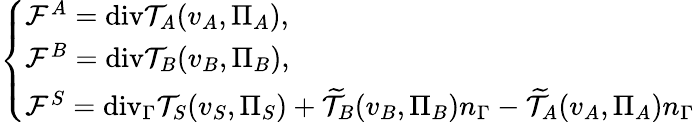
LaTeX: \left\{ \begin{array}{ll}{\mathcal{F}^{A}=\mathrm{{div}}\mathcal{T}_{A}(v_{A},\Pi_{A}),}\\ {\mathcal{F}^{B}={\mathrm{div}}\mathcal{T}_{B}(v_{B},\Pi_{B}),}\\ {\mathcal{F}^{S}=\mathrm{{div}}_{\Gamma}\mathcal{T}_{S}(v_{S},\Pi_{S})+\widetilde{\mathcal{T}}_{B}(v_{B},\Pi_{B})n_{\Gamma}-\widetilde{\mathcal{T}}_{A}(v_{A},\Pi_{A})n_{\Gamma}}\end{array}\right.